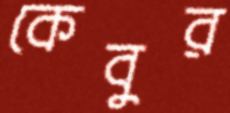
কেবুর